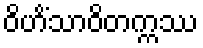
ဝိဟိံသာဝိတက္ကဿ